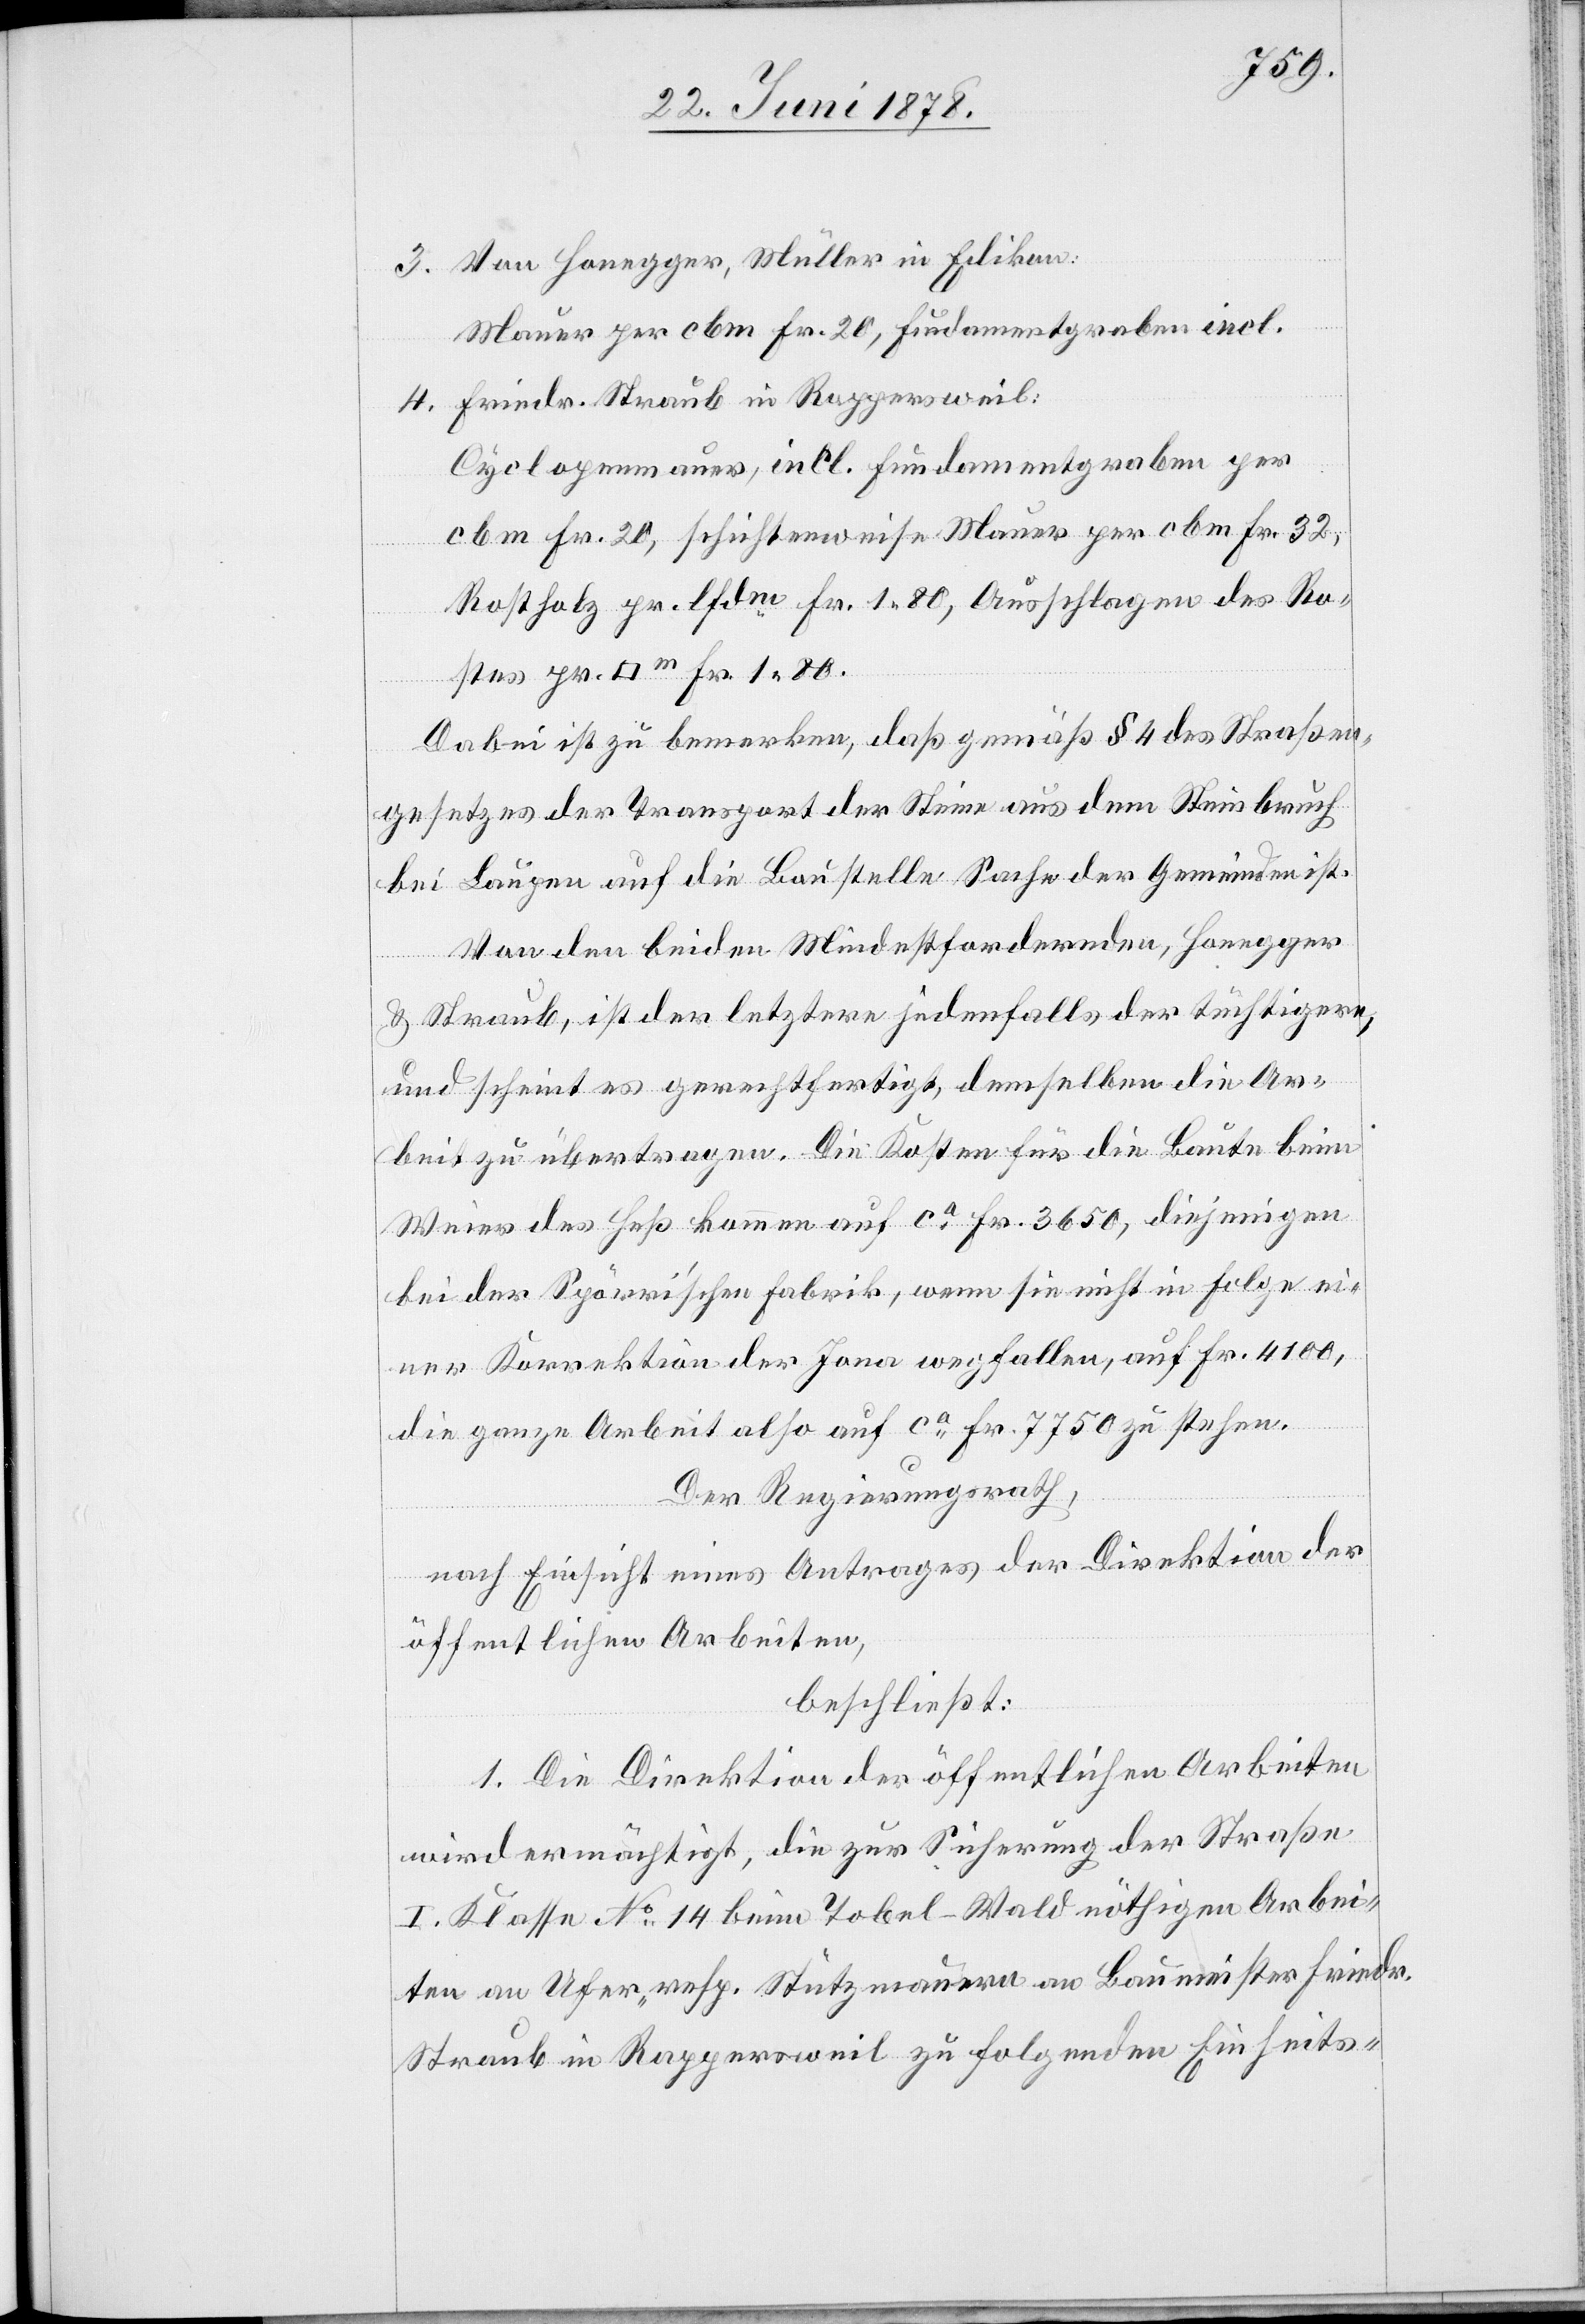
Von Honegger, Müller in Edikon:
Mauer per cbm Fr. 20, Fundamentgraben incl.
Friedr. Straub in Rappersweil:
Cyclopenmauer, incl. Fundamentgraben per
cbm Fr. 20, schichtenweise Mauer per cbm Fr. 32,
Rostholz pr. lfdm Fr. 1. 80, Ausschlagen des Rost¬
1.
Dabei ist zu bemerken, daß gemäß § 4 des Straßen¬
gesetzes der Transport der Steine aus dem Steinbruch
bei Laupen auf die Baustelle Sache der Gemeinden ist.
Von den beiden Mindestfordernden, Honegger
& Straub, ist der letztere jedenfalls der tüchtigere,
und scheint es gerechtfertigt, demselben die Ar¬
beit zu übertragen. Die Kosten für die Baute beim
Weier des Heß kommen auf ca Fr. 3650, diejenigen
bei der Spörri’schen Fabrik, wenn sie nicht in Folge ei¬
ner Korrektion der Jona wegfallen, auf Fr. 4100,
die ganze Arbeit also auf ca Fr. 7750 zu stehen.
Der Regierungsrath,
nach Einsicht eines Antrages der Direktion der
öffentlichen Arbeiten,
beschließt:
1. Die Direktion der öffentlichen Arbeiten
wird ermächtigt, die zur Sicherung der Straße
I. Klasse No 14 beim Tobel - Wald nöthigen Arbei¬
ten an Ufer- resp. Stützmauern an Baumeister Friedr.
Straub in Rappersweil zu folgenden Einheits-